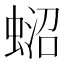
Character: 𧍌